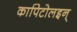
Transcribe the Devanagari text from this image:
कापिटोलइन्